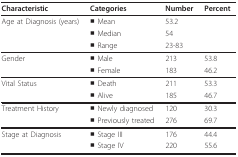
| Characteristic | Categories | Number | Percent |
 | --- | --- | --- | --- |
 | Age at Diagnosis (years) | ■ Mean | 53.2 |  |
 |  | ■ Median | 54 |  |
 |  | ■ Range | 23-83 |  |
 | Gender | ■ Male | 213 | 53.8 |
 |  | ■ Female | 183 | 46.2 |
 | Vital Status | ■ Death | 211 | 53.3 |
 |  | ■ Alive | 185 | 46.7 |
 | Treatment History | ■ Newly diagnosed | 120 | 30.3 |
 |  | ■ Previously treated | 276 | 69.7 |
 | Stage at Diagnosis | ■ Stage III | 176 | 44.4 |
 |  | ■ Stage IV | 220 | 55.6 |